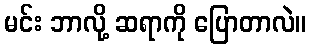
မင်း ဘာလို့ ဆရာကို ပြောတာလဲ။